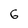
Character: G